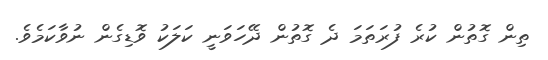
ތިން ގޮތުން ކުރެ ފުރަތަމަ ދެ ގޮތުން ދޭހަވަނީ ކަލަކު ވޮޑިގެން ނުވާކަމެވެ.